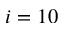
i = 1 0